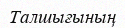
Талшығының